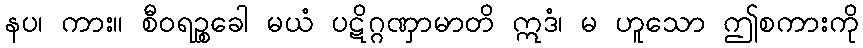
နပ၊ ကား။ စီဝရဉ္စခေါ မယံ ပဋိဂ္ဂဏှာမာတိ ဣဒံ၊ မ ဟူသော ဤစကားကို